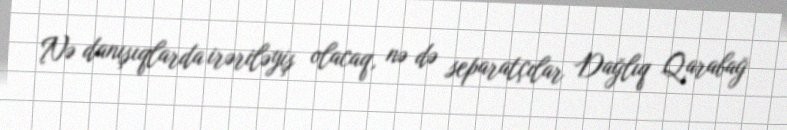
Nə danışıqlarda irəriləyiş olacaq, nə də separatçılar Dağlıq Qarabağ